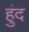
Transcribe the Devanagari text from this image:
हुंद